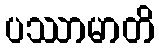
ပဿာမာတိ